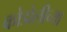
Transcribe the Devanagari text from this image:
कोडोलीच्या